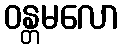
ဝန္တမလော